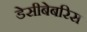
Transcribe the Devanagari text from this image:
डेसीबेबरिस